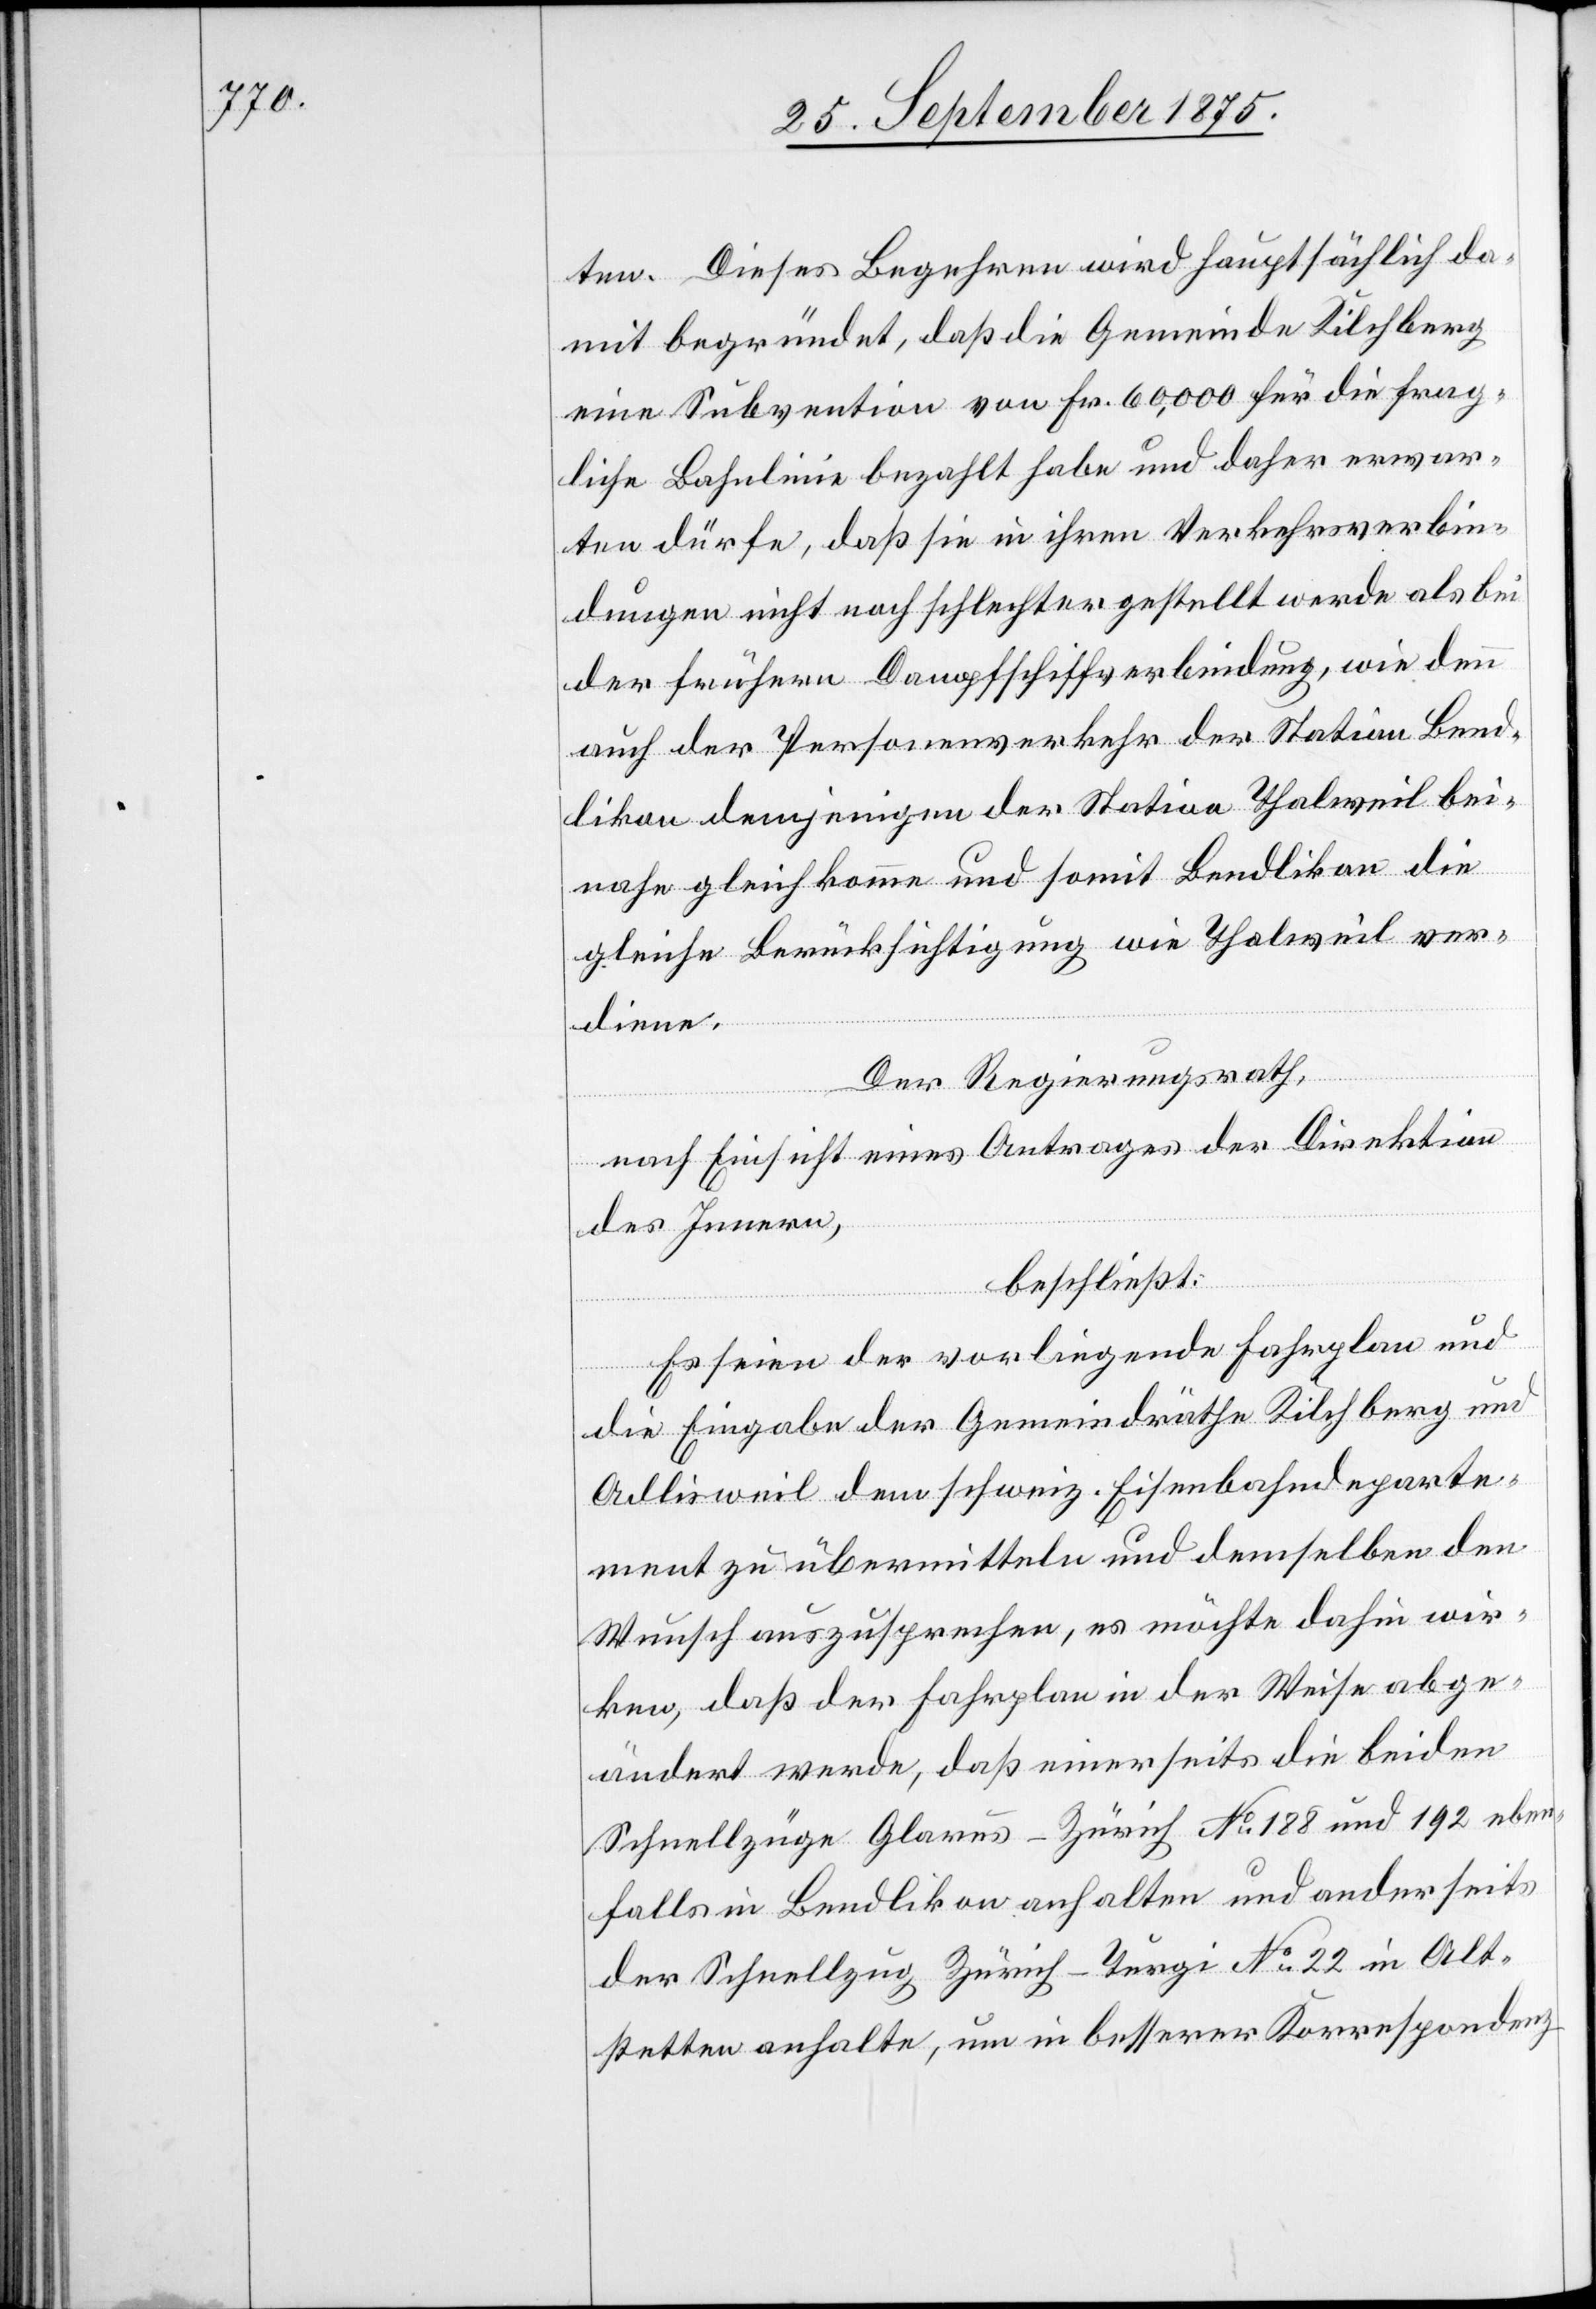
ten. Dieses Begehren wird hauptsächlich da¬
mit begründet, daß die Gemeinde Kilchberg
eine Subvention von Fr. 60‘000 für die frag¬
liche Bahnlinie bezahlt habe und daher erwar¬
ten dürfe, daß sie in ihren Verkehrsverbin¬
dungen nicht noch schlechter gestellt werde als bei
der frühern Dampfschiffverbindung, wie denn
auch der Personenverkehr der Station Bend¬
likon demjenigen der Station Thalweil bei¬
nahe gleich komme und somit Bendlikon die
gleiche Berücksichtigung wie Thalweil ver¬
diene.
Der Regierungsrath,
nach Einsicht eines Antrages der Direktion
des Innern,
beschließt:
Es seien der vorliegende Fahrplan und
die Eingabe der Gemeindräthe Kilchberg und
Adlisweil dem schweiz. Eisenbahndeparte¬
ment zu übermitteln und demselben den
Wunsch auszusprechen, es möchte dahin wir¬
ken, daß der Fahrplan in der Weise abge¬
ändert werde, daß einerseits die beiden
Schnellzüge Glarus–Zürich No 188 und 192 eben¬
falls in Bendlikon anhalten und anderseits
der Schnellzug Zürich–Turgi No 22 in Alt¬
stetten anhalte, um in besserer Korrespondenz